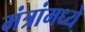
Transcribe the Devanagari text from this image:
मंत्रांमध्ये